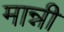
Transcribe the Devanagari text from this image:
मान्नी